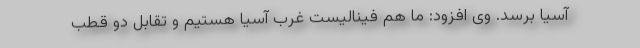
آسیا برسد. وی افزود: ما هم فینالیست غرب آسیا هستیم و تقابل دو قطب